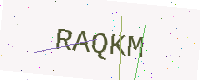
Text: RAQKM